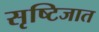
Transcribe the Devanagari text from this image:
सृष्टिजात